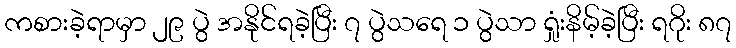
ကစားခဲ့ရာမှာ ၂၉ ပွဲ အနိုင်ရခဲ့ပြီး ၇ ပွဲသရေ ၁ ပွဲသာ ရှုံးနိမ့်ခဲ့ပြီး ရဂိုး ၈၇